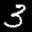
Label: 3